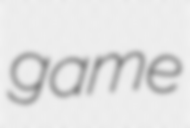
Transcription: game